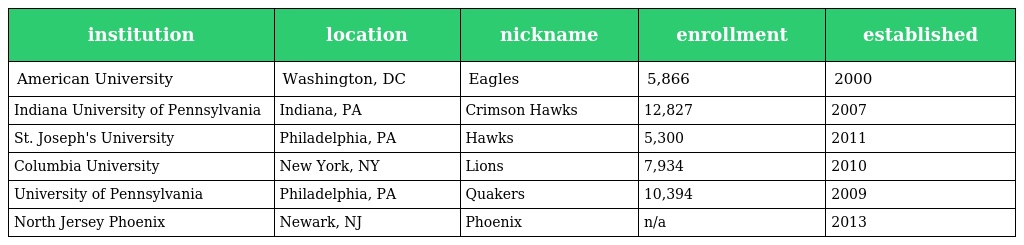
| institution | location | nickname | enrollment | established |
 | --- | --- | --- | --- | --- |
 | American University | Washington, DC | Eagles | 5,866 | 2000 |
 | Indiana University of Pennsylvania | Indiana, PA | Crimson Hawks | 12,827 | 2007 |
 | St. Joseph's University | Philadelphia, PA | Hawks | 5,300 | 2011 |
 | Columbia University | New York, NY | Lions | 7,934 | 2010 |
 | University of Pennsylvania | Philadelphia, PA | Quakers | 10,394 | 2009 |
 | North Jersey Phoenix | Newark, NJ | Phoenix | n/a | 2013 |